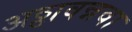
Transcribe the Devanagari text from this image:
अठ्ठावन्नवा